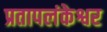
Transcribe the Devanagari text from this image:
प्रतापलंकेश्वर